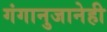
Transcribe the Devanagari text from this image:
गंगानुजानेही